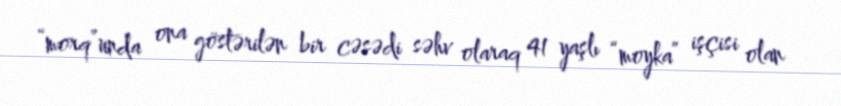
“morq”unda ona göstərilən bir cəsədi səhv olaraq 41 yaşlı “moyka” işçisi olan